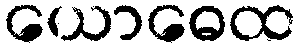
ယောဓေထ